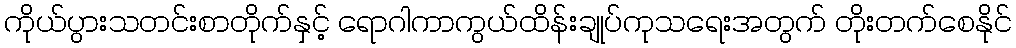
ကိုယ်ပွားသတင်းစာတိုက်နှင့် ရောဂါကာကွယ်ထိန်းချုပ်ကုသရေးအတွက် တိုးတက်စေနိုင်